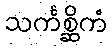
သင်္ကစ္ဆိကံ